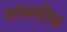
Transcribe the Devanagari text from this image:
अफशोस